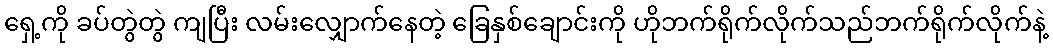
ရှေ့ကို ခပ်တွဲတွဲ ကျပြီး လမ်းလျှောက်နေတဲ့ ခြေနှစ်ချောင်းကို ဟိုဘက်ရိုက်လိုက်သည်ဘက်ရိုက်လိုက်နဲ့